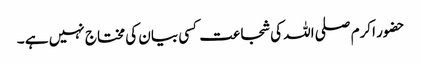
حضور اکرم صلی اللہ کی شجاعت کسی بیان کی مختاج نہیں ہے ۔